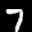
Label: 7